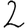
Digit: 2